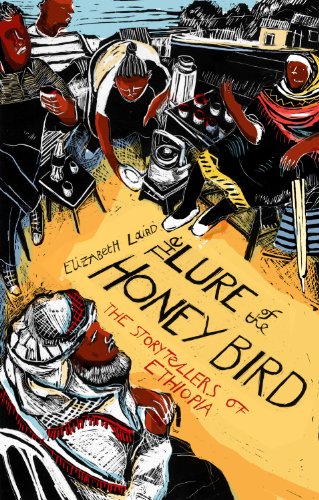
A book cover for The Lure of the Honeybird: The Storytellers of Ethiopia; Elizabeth Laird; Travel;